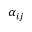
\alpha _ { i j }